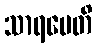
သာရမေတိ